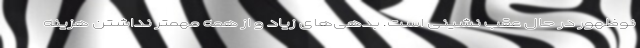
نوظهور در حال عقب نشینی است. بدهی‌های زیاد و از همه مهمتر نداشتن هزینه